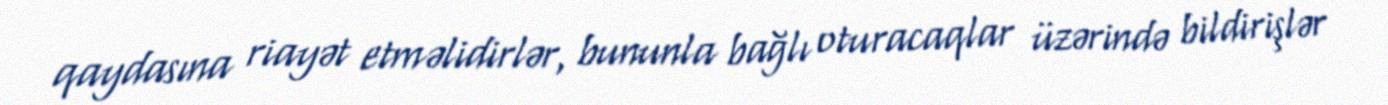
qaydasına riayət etməlidirlər, bununla bağlı oturacaqlar üzərində bildirişlər